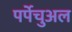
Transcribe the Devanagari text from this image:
पर्पेचुअल